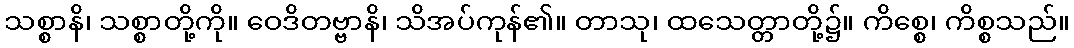
သစ္စာနိ၊ သစ္စာတို့ကို။ ဝေဒိတဗ္ဗာနိ၊ သိအပ်ကုန်၏။ တာသု၊ ထသေတ္တာတို့၌။ ကိစ္စေ၊ ကိစ္စသည်။